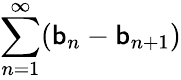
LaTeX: \sum\limits_{n=1}^{\infty}(\mathsf{b}_{n}-\mathsf{b}_{n+1})